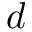
d